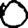
Digit: 0